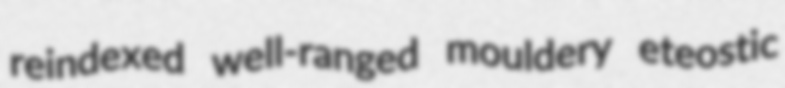
reindexed well-ranged mouldery eteostic